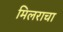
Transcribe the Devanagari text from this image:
मिलराचा